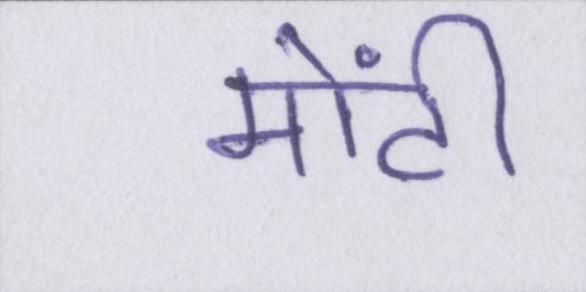
मोंटी